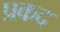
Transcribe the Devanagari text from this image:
प्रकद